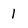
Character: 1